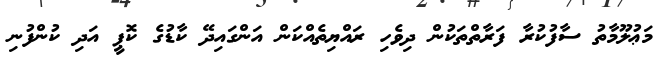
މަޢުލޫމާތު ސާފުކުރާ ފަރާތްތަކުން ދިވެހި ރައްޔިތެއްކަން އަންގައިދޭ ކާޑުގެ ކޮޕީ އަދި ކުންފުނި